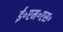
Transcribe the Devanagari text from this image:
ई॰एम॰एस॰